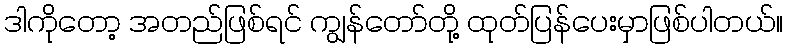
ဒါကိုတော့ အတည်ဖြစ်ရင် ကျွန်တော်တို့ ထုတ်ပြန်ပေးမှာဖြစ်ပါတယ်။